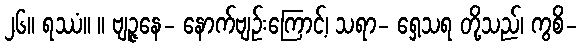
၂၆။ ရဿံ။ ။ ဗျဉ္ဇနေ- နောက်ဗျဉ်းကြောင့်၊ သရာ- ရှေ့သရ တို့သည်၊ ကွစိ-